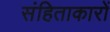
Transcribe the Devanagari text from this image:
संहिताकारों